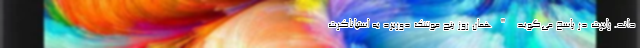
‌داند. رابرت در پاسخ می‌گوید "همان روز پنج موشک دوربرد به استپاناکرت